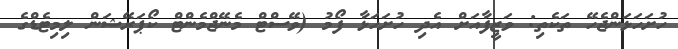
ހުށަހަޅަންޖެހޭ ތަކެތި: ވަޒީފާއަށް އެދި ހުށަހަޅާ ފޯމު (ވޭސްޓް މެނޭޖްމެންޓް ކޯޕަރޭޝަން ލިމިޓެޑްގެ